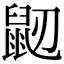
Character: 𪔺